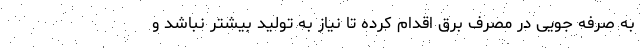
به صرفه جویی در مصرف برق اقدام کرده تا نیاز به تولید بیشتر نباشد و